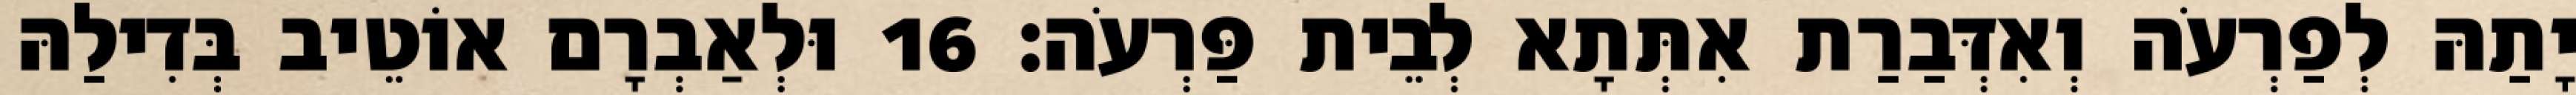
יָתַהּ לְפַרְעֹה וְאִדְּבַרַת אִתְּתָא לְבֵית פַּרְעֹה׃ 16 וּלְאַבְרָם אוֹטֵיב בְּדִילַהּ